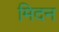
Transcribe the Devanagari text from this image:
मिदन